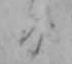
日